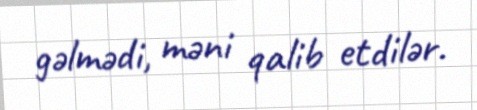
gəlmədi, məni qalib etdilər.